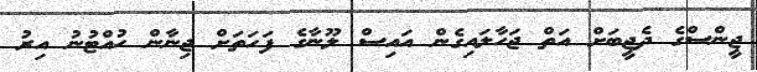
ޖީންސްގެ ދެޖީބަށް އަތް ޖަހާލައިގެން އައިސް ލޫނާގެ ފަހަތަށް ޖިނާން ހުއްޓުނު އިރު